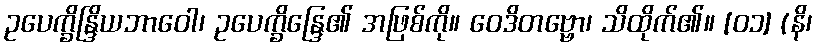
ဥပေက္ခိန္ဒြိယဘာဝေါ၊ ဥပေက္ခိန္ဒြေ၏ အဖြစ်ကို။ ဝေဒိတဗ္ဗော၊ သိထိုက်၏။ [၀၁] (နိ၊